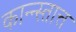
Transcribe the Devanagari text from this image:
कान्न्स्तात्त